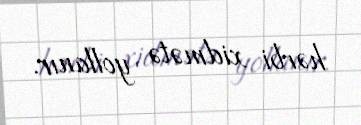
hərbi xidmətə yollanır.